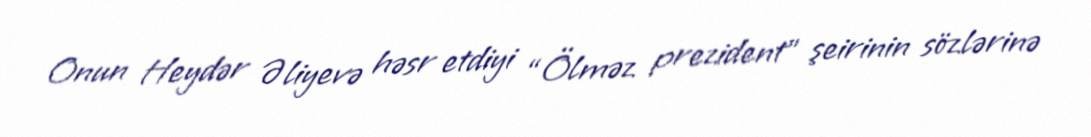
Onun Heydər Əliyevə həsr etdiyi “Ölməz prezident” şeirinin sözlərinə